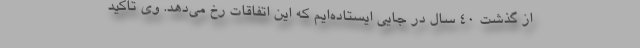
از گذشت ۴۰ سال در جایی ایستاده‌ایم که این اتفاقات رخ می‌دهد. وی تاکید